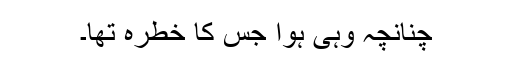
چنانچہ وہی ہوا جس کا خطرہ تھا۔